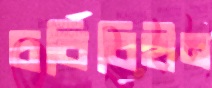
চর্বিবিহীন